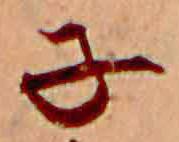
子